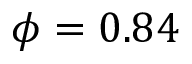
\phi = 0 . 8 4 \